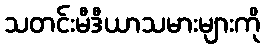
သတင်းမီဒီယာသမားများကို